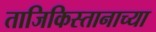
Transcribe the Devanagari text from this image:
ताजिकिस्तानाच्या